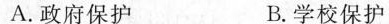
A.政府保护 B.学校保护